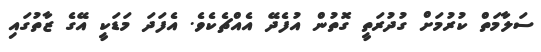
ސަލާމަތް ކުރުމަށް ގުދުރަތީ ގޮތުން އުފެދޭ އެއްޗެކެވެ. އެފަދަ މަޑަކީ އޭގެ ޒާތުގައި